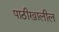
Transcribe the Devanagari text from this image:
पाठीखालील